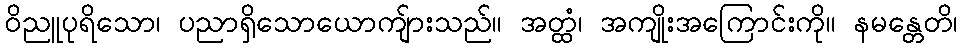
ဝိညူပုရိသော၊ ပညာရှိသောယောကျ်ားသည်။ အတ္ထံ၊ အကျိုးအကြောင်းကို။ နမန္တေတိ၊